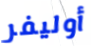
أوليفر